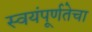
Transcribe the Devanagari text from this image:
स्वयंपूर्णतेचा